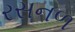
રસનળ